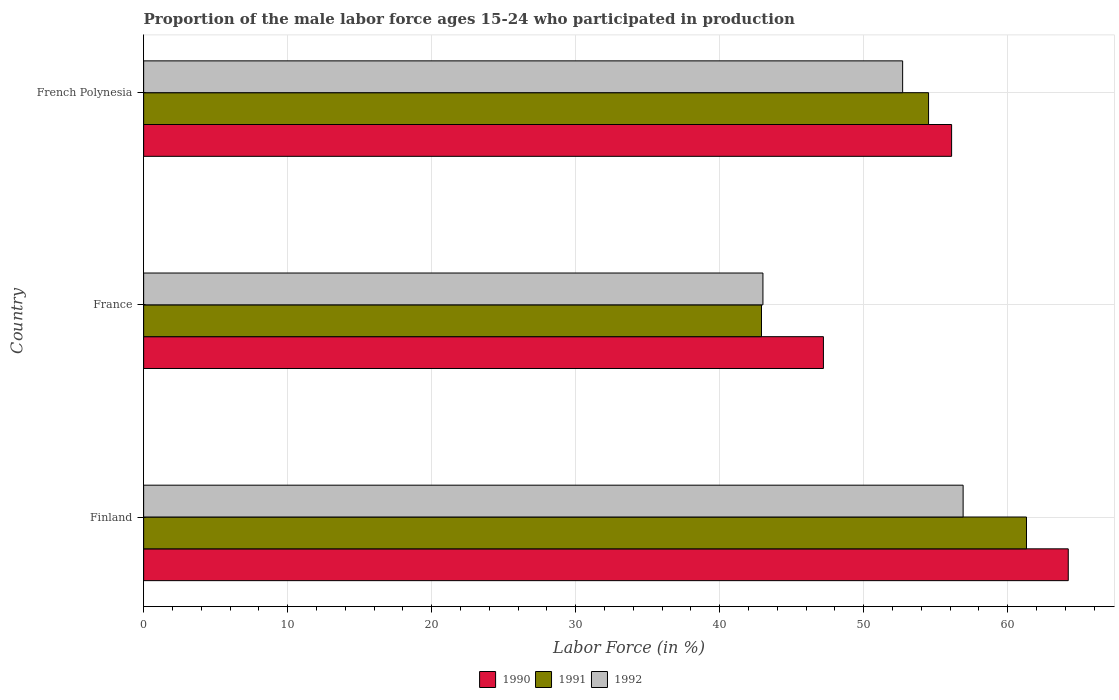
| Country | 1990 | 1991 | 1992 |
 | --- | --- | --- | --- |
 | Finland | 64.2 | 61.3 | 56.9 |
 | France | 47.2 | 42.9 | 43 |
 | French Polynesia | 56.1 | 54.5 | 52.7 |